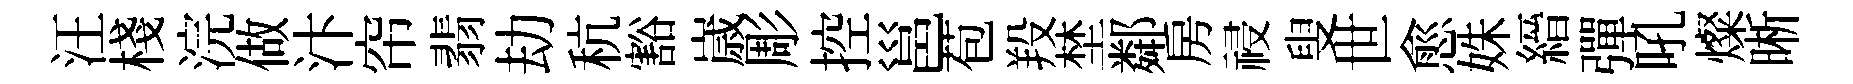
汪棧浣做汴帘翡劫秔豁𡻕彫控邕苞羖埜鄰房祲叟世愈姝縉彈吼燦晰